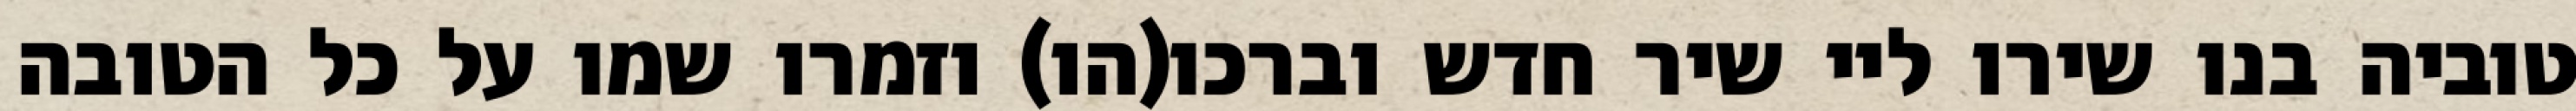
טוביה בנו שירו ליי שיר חדש וברכו(הו) וזמרו שמו על כל הטובה